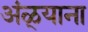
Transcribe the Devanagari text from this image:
अंळ्याना